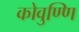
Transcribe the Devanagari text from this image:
कोवुण्णि